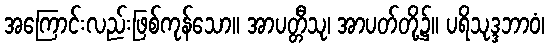
အကြောင်းလည်းဖြစ်ကုန်သော။ အာပတ္တီသု၊ အာပတ်တို့၌။ ပရိသုဒ္ဒဘာဝံ၊